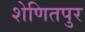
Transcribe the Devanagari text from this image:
शेणितपुर